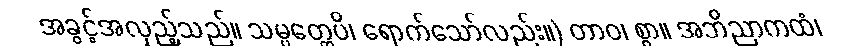
အခွင့်အလှည့်သည်။ သမ္ပတ္တေပိ၊ ရောက်သော်လည်း။) တာဝ၊ စွာ။ အဘိညာကထံ၊